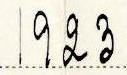
1923